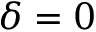
\delta = 0